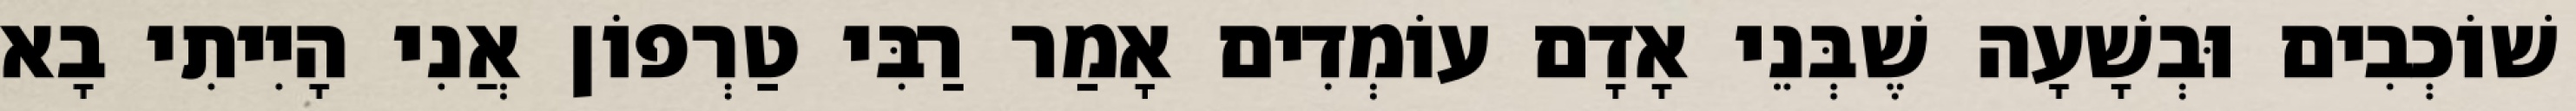
שׁוֹכְבִים וּבְשָׁעָה שֶׁבְּנֵי אָדָם עוֹמְדִים אָמַר רַבִּי טַרְפוֹן אֲנִי הָיִיתִי בָא